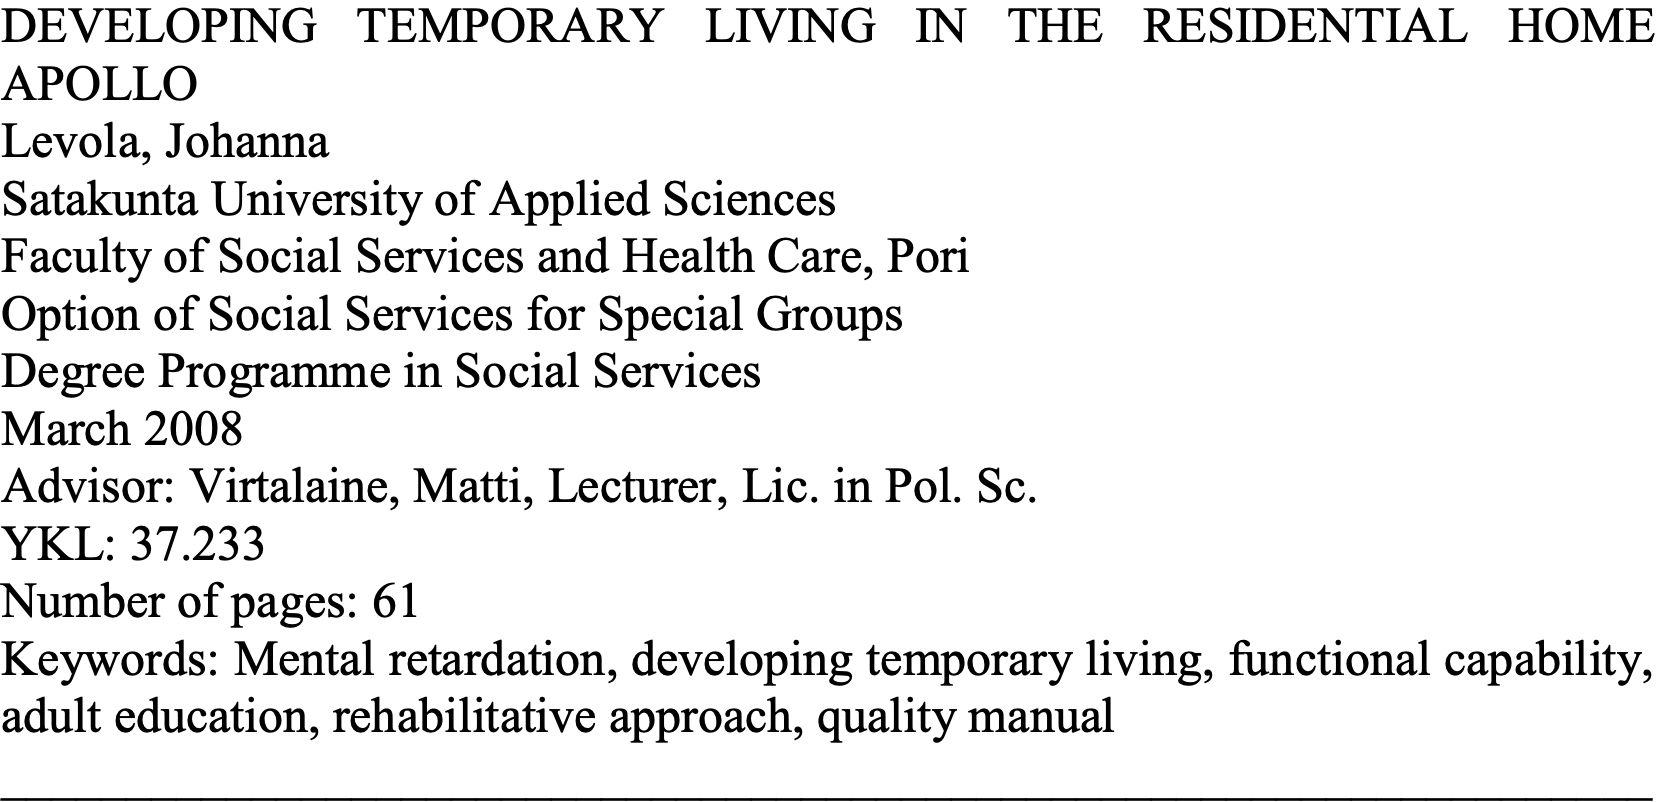
DEVELOPING TEMPORARY   LIVING IN THE RESIDENTIAL  HOME APOLLO Levola, Johanna Satakunta University of Applied Sciences Faculty of Social Services and Health Care, Pori Option of Social Services for Special Groups Degree Programme in Social Services March 2008 Advisor: Virtalaine, Matti, Lecturer, Lic. in Pol. Sc. YKL: 37.233 Number of pages: 61 Keywords: Mental retardation, developing temporary living, functional capability, adult education, rehabilitative approach, quality manual __________________________________________________________________